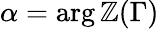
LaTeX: \alpha=\arg\mathbb{Z}(\Gamma)